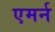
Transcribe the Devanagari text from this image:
एमर्न